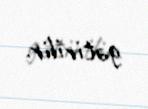
gətirilir.